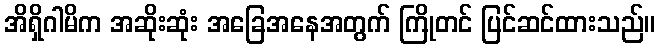
အိရှိဂါမိက အဆိုးဆုံး အခြေအနေအတွက် ကြိုတင် ပြင်ဆင်ထားသည်။